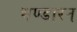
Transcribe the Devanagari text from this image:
भण्डारन